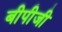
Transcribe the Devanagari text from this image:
बीपीजी